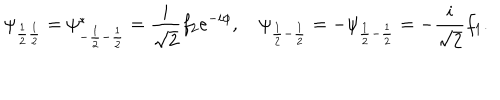
\psi _ { \frac { 1 } { 2 } \frac { 1 } { 2 } } = \psi _ { - \frac { 1 } { 2 } - \frac { 1 } { 2 } } ^ { * } = \frac { i } { \sqrt { 2 } } f _ { 2 } e ^ { - i \phi } , \quad \psi _ { \frac { 1 } { 2 } - \frac { 1 } { 2 } } = - \psi _ { \frac { 1 } { 2 } - \frac { 1 } { 2 } } = - \frac { i } { \sqrt { 2 } } f _ { 1 } .